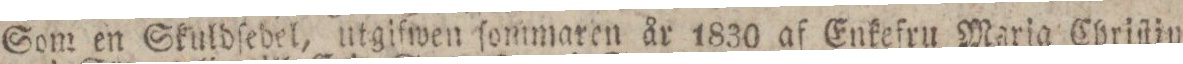
Som en Skuldſedel, utgifwen ſommaren år 1830 af Enkefru Maria Chriſtina